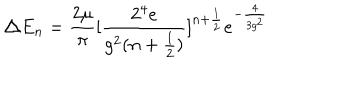
LaTeX: \triangle E _ { n } = \frac { 2 \mu } { \pi } [ \frac { 2 ^ { 4 } e } { g ^ { 2 } ( n + \frac { 1 } { 2 } ) } ] ^ { n + \frac { 1 } { 2 } } e ^ { - \frac { 4 } { 3 g ^ { 2 } } }